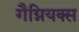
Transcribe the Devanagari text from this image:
गैग्नियक्स